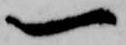
一